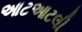
આટઆટલી